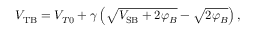
V _ { \mathrm { T B } } = V _ { T 0 } + \gamma \left( { \sqrt { V _ { \mathrm { S B } } + 2 \varphi _ { B } } } - { \sqrt { 2 \varphi _ { B } } } \right) ,